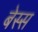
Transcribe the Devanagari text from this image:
बेस्स